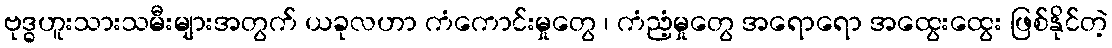
ဗုဒ္ဓဟူးသားသမီးများအတွက် ယခုလဟာ ကံကောင်းမှုတွေ ၊ ကံညံ့မှုတွေ အရောရော အထွေးထွေး ဖြစ်နိုင်တဲ့